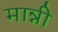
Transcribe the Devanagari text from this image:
मान्नी